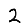
Digit: 2